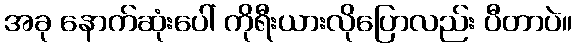
အခု နောက်ဆုံးပေါ် ကိုရီးယားလိုပြောလည်း ပီတာပဲ။